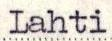
Lahti